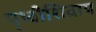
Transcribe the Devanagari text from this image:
पृथ्वीशिवाय